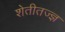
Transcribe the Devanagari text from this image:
शेतीतज्‍ज्ञ